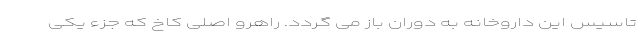
تاسیس این داروخانه به دوران باز می گردد. راهرو اصلی کاخ که جزء یکی